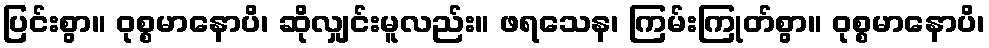
ပြင်းစွာ။ ဝုစ္စမာနောပိ၊ ဆိုလျှင်းမူလည်း။ ဖရသေန၊ ကြမ်းကြုတ်စွာ။ ဝုစ္စမာနောပိ၊